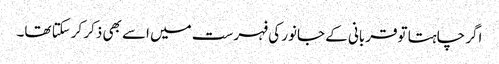
اگر چاہتا توقربانی کے جانور کی فہرست میں اسے بھی ذکر کرسکتا تھا۔